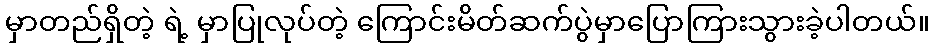
မှာတည်ရှိတဲ့ ရဲ့ မှာပြုလုပ်တဲ့ ကြောင်းမိတ်ဆက်ပွဲမှာပြောကြားသွားခဲ့ပါတယ်။